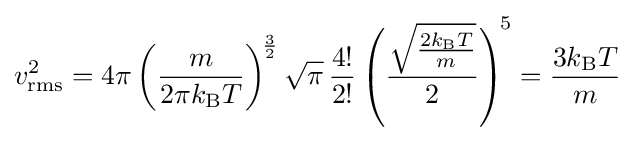
v_{\text{rms}}^{2}=4\pi \left({\frac {m}{2\pi k_{\rm {B}}T}}\right)^{\!{\frac {3}{2}}}{\sqrt {\pi }}\,{\frac {4!}{2!}}\left({\frac {\sqrt {\frac {2k_{\rm {B}}T}{m}}}{2}}\right)^{\!5}={\frac {3k_{\rm {B}}T}{m}}